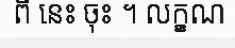
ពី នេះ ចុះ ។ លក្ខណ